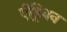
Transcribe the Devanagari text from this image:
ऐंड्रियन